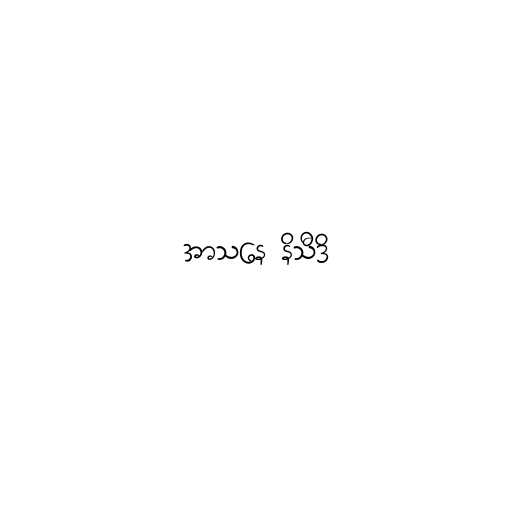
အာသနေ နိသီဒိ